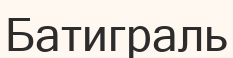
Батиграль